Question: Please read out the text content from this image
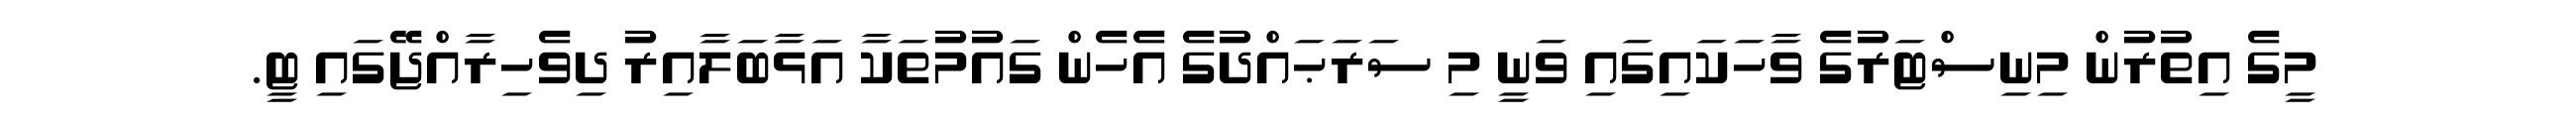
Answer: މީގެ އިތުރުން މިނިސްޓަރުގެ ވާހަކައިގައި ވަނީ މި ސަރަޙައްދުގެ އެހެން ގައުމުތަކާ އަޅާބަލާއިރު ދިވެހިރާއްޖޭގައި ޓީ.